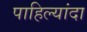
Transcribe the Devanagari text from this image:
पाहिल्यांदा